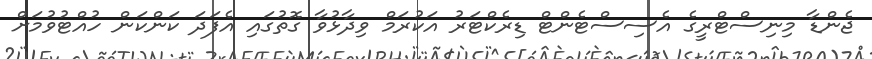
ޖެންޑާ މިނިސްޓްރީގެ އެސިސްޓެންޓް ޑިރެކްޓަރު އަކުރަމް ވިދާޅުވާ ގޮތުގައި އެފަދަ ކަންކަން ހުއްޓުވުމަށް